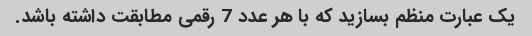
یک عبارت منظم بسازید که با هر عدد 7 رقمی مطابقت داشته باشد.